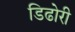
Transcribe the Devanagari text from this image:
डिढोरी